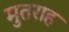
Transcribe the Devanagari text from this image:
मुतराह